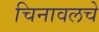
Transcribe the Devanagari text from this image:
चिनावलचे